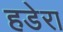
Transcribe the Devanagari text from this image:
हडेरा